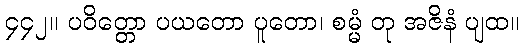
၄၄၂။ ပဝိတ္တော ပယတော ပူတော၊ စမ္မံ တု အဇိနံ ပျထ။